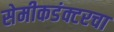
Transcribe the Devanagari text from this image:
सेमीकडंक्टरचा